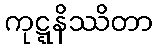
ကုဋ္ဋနိဿိတာ